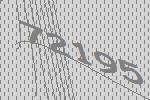
72195